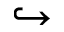
\hookrightarrow